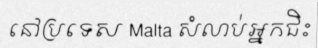
នៅប្រទេស Malta សំលាប់អ្នកជិះ